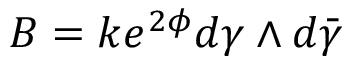
B = k e ^ { 2 \phi } d \gamma \wedge d \bar { \gamma }